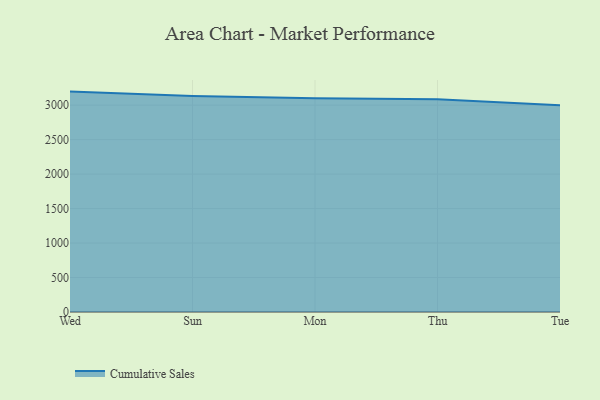
{"axis": {"x": "Day", "y": "Inventory Turnover"}, "legend": ["Cumulative Sales"], "data": [{"x": "Wed", "y": 3196.5, "type": "Cumulative Sales"}, {"x": "Sun", "y": 3131.5, "type": "Cumulative Sales"}, {"x": "Mon", "y": 3098.9, "type": "Cumulative Sales"}, {"x": "Thu", "y": 3086.7, "type": "Cumulative Sales"}, {"x": "Tue", "y": 2999.8, "type": "Cumulative Sales"}]}